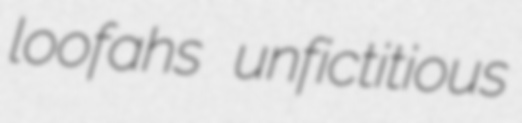
loofahs unfictitious